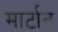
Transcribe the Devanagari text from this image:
मार्टान